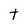
Character: t